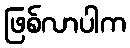
ဖြစ်လာပါက